Triennial report on the lunatic asylums in the province of Eastern Bengal and Assam - 1903-1911
Year: 1903
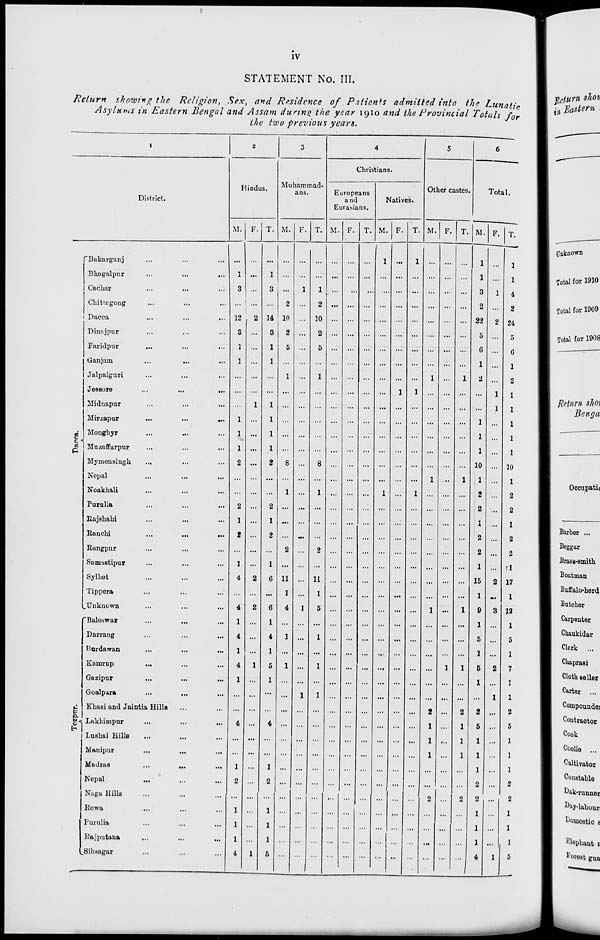
iv
STATEMENT No. III.
Return showing the Religion, Sex, and Residence of Patients admitted into the Lunatic
Asylums in Eastern Bengal and Assam during the year 1910 and the Provincial Totals for
the two previous years.
1
District.
Dacca.
Tezpur.
Bakarganj ... ... ...
Bhagalpur
...
...
...
Cachar ... ... ...
Chittagong ... ... ...
Dacca ... ... ...
Dinajpur ... ... ...
Faridpur ... ... ...
Ganjam ... ... ...
Jalpaiguri ... ... ...
Jessore ... ... ...
Midnapur ... ... ...
Mirzapur
... ... ...
Monghyr ... ... ...
Muzaffarpur ... ... ...
Mymensingh ... ... ...
Nepal ... ... ...
Noakhali ... ... ...
Purulia ... ... ...
Rajshahi
...
...
...
Ranchi
...
...
...
Rangpur ... ... ...
Samastipur ... ... ...
Sylhet ... ... ...
Tippera ... ... ...
Unknown ... ... ...
Baleswar ... ... ...
Darrang
...
...
...
Burdawan ... ... ...
Kamrup ... ... ...
Gazipur
...
...
...
Goalpara ... ... ...
Khasi and Jaintia Hills... ...
Lakhimpur ... ... ...
Lusbai Hills ... ...
...
Manipur ... ... ...
Madras
...
...
...
Nepal
...
...
...
Naga Hills ... ... ...
Rewa ... ... ...
Purulia ... ... ...
Rajputana
...
...
...
Sibsagar ... ... ...
2
Hindus.
M.
...
1
3
...
12
3
1
1
...
...
...
1
1
1
2
...
...
2
1
2
...
1
4
...
4
1
4
1
4
1
...
...
4
...
...
1
2
...
1
1
1
4
F.
...
...
...
...
2
...
...
...
...
...
1
...
...
...
...
...
...
...
...
...
...
...
2
...
2
...
...
...
1
...
...
...
...
...
...
...
...
...
...
...
...
1
T.
...
1
3
...
14
3
1
1
...
...
1
1
1
1
2
...
...
2
1
2
...
1
6
...
6
1
4
1
5
1
...
...
4
...
...
1
2
...
1
1
1
5
3
Muhammad-
ans.
M.
...
...
...
2
10
2
5
...
1
...
...
...
...
...
8
...
1
...
...
...
2
...
11
1
4
...
1
...
1
...
...
...
...
...
...
...
...
...
...
...
...
...
F.
...
...
1
...
...
...
...
...
...
...
...
...
...
...
...
...
...
...
...
...
...
...
...
...
1
...
...
...
...
...
1
...
...
...
...
...
...
...
...
...
...
...
T.
...
...
1
2
10
2
5
...
1
...
...
...
...
...
8
...
1
...
...
...
2
...
11
1
5
...
1
...
1
...
1
...
...
...
...
...
...
...
...
...
...
...
4
Christians.
Europeans
and
Eurasians.
M.
...
...
...
...
...
...
...
...
...
...
...
...
...
...
...
...
...
...
...
...
...
...
...
...
...
...
...
...
...
...
...
...
...
...
...
...
...
...
...
...
...
...
F.
...
...
...
...
...
...
...
...
...
...
...
...
...
...
...
...
...
...
...
...
...
...
...
...
...
...
...
...
...
...
...
...
...
...
...
...
...
...
...
...
...
...
T.
...
...
...
...
...
...
...
...
...
...
...
...
...
...
...
...
...
...
...
...
...
...
...
...
...
...
...
...
...
...
...
...
...
...
...
...
...
...
...
...
...
...
Natives.
M.
1
...
...
...
...
...
...
...
...
...
...
...
...
...
...
...
1
...
...
...
...
...
...
...
...
...
...
...
...
...
...
...
...
...
...
...
...
...
...
...
...
...
F.
...
...
...
...
...
...
...
...
...
1
...
...
...
...
...
...
...
...
...
...
...
...
...
...
...
...
...
...
...
...
...
...
...
...
...
...
...
...
...
...
...
...
T.
1
...
...
...
...
...
...
...
...
1
...
...
...
...
...
...
1
...
...
...
...
...
...
...
...
...
...
...
...
...
...
...
...
...
...
...
...
...
...
...
...
...
5
Other castes.
M.
...
...
...
...
...
...
...
...
1
...
...
...
...
...
...
1
...
...
...
...
...
...
...
...
1
...
...
...
...
...
...
2
1
1
1
...
...
2
...
...
...
...
F.
...
...
...
...
...
...
...
...
...
...
...
...
...
...
...
...
...
...
...
...
...
...
...
...
...
...
...
...
1
...
...
...
...
...
...
...
...
...
...
...
...
...
T.
...
...
...
...
...
...
...
...
1
...
...
...
...
...
...
1
...
...
...
...
...
...
...
...
1
...
...
...
1
...
...
2
1
1
1
...
...
2
...
...
...
...
6
Total.
M.
1
1
3
2
22
5
6
1
2
...
...
1
1
1
10
1
2
2
1
2
2
1
15
1
9
1
5
1
5
1
...
2
5
1
1
1
2
2
1
1
1
4
F.
...
...
1
...
2
...
...
...
...
1
1
...
...
...
...
...
...
...
...
...
...
...
2
...
3
...
...
...
2
...
1
...
...
...
...
...
...
...
...
...
...
1
T.
1
1
4
2
24
5
6
1
2
1
1
1
1
1
10
1
2
2
1
2
2
1
17
1
12
1
5
1
7
1
1
2
5
1
1
1
2
2
1
1
1
5